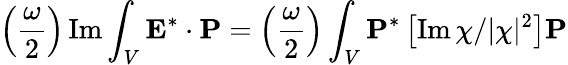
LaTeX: \left(\frac{\omega}{2}\right)\operatorname{Im}\int_{V}\mathbf{E}^{*}\cdot\mathbf{P}=\left(\frac{\omega}{2}\right)\int_{V}\mathbf{P}^{*}\left[\operatorname{Im}\chi/|\chi|^{2}\right]\mathbf{P}